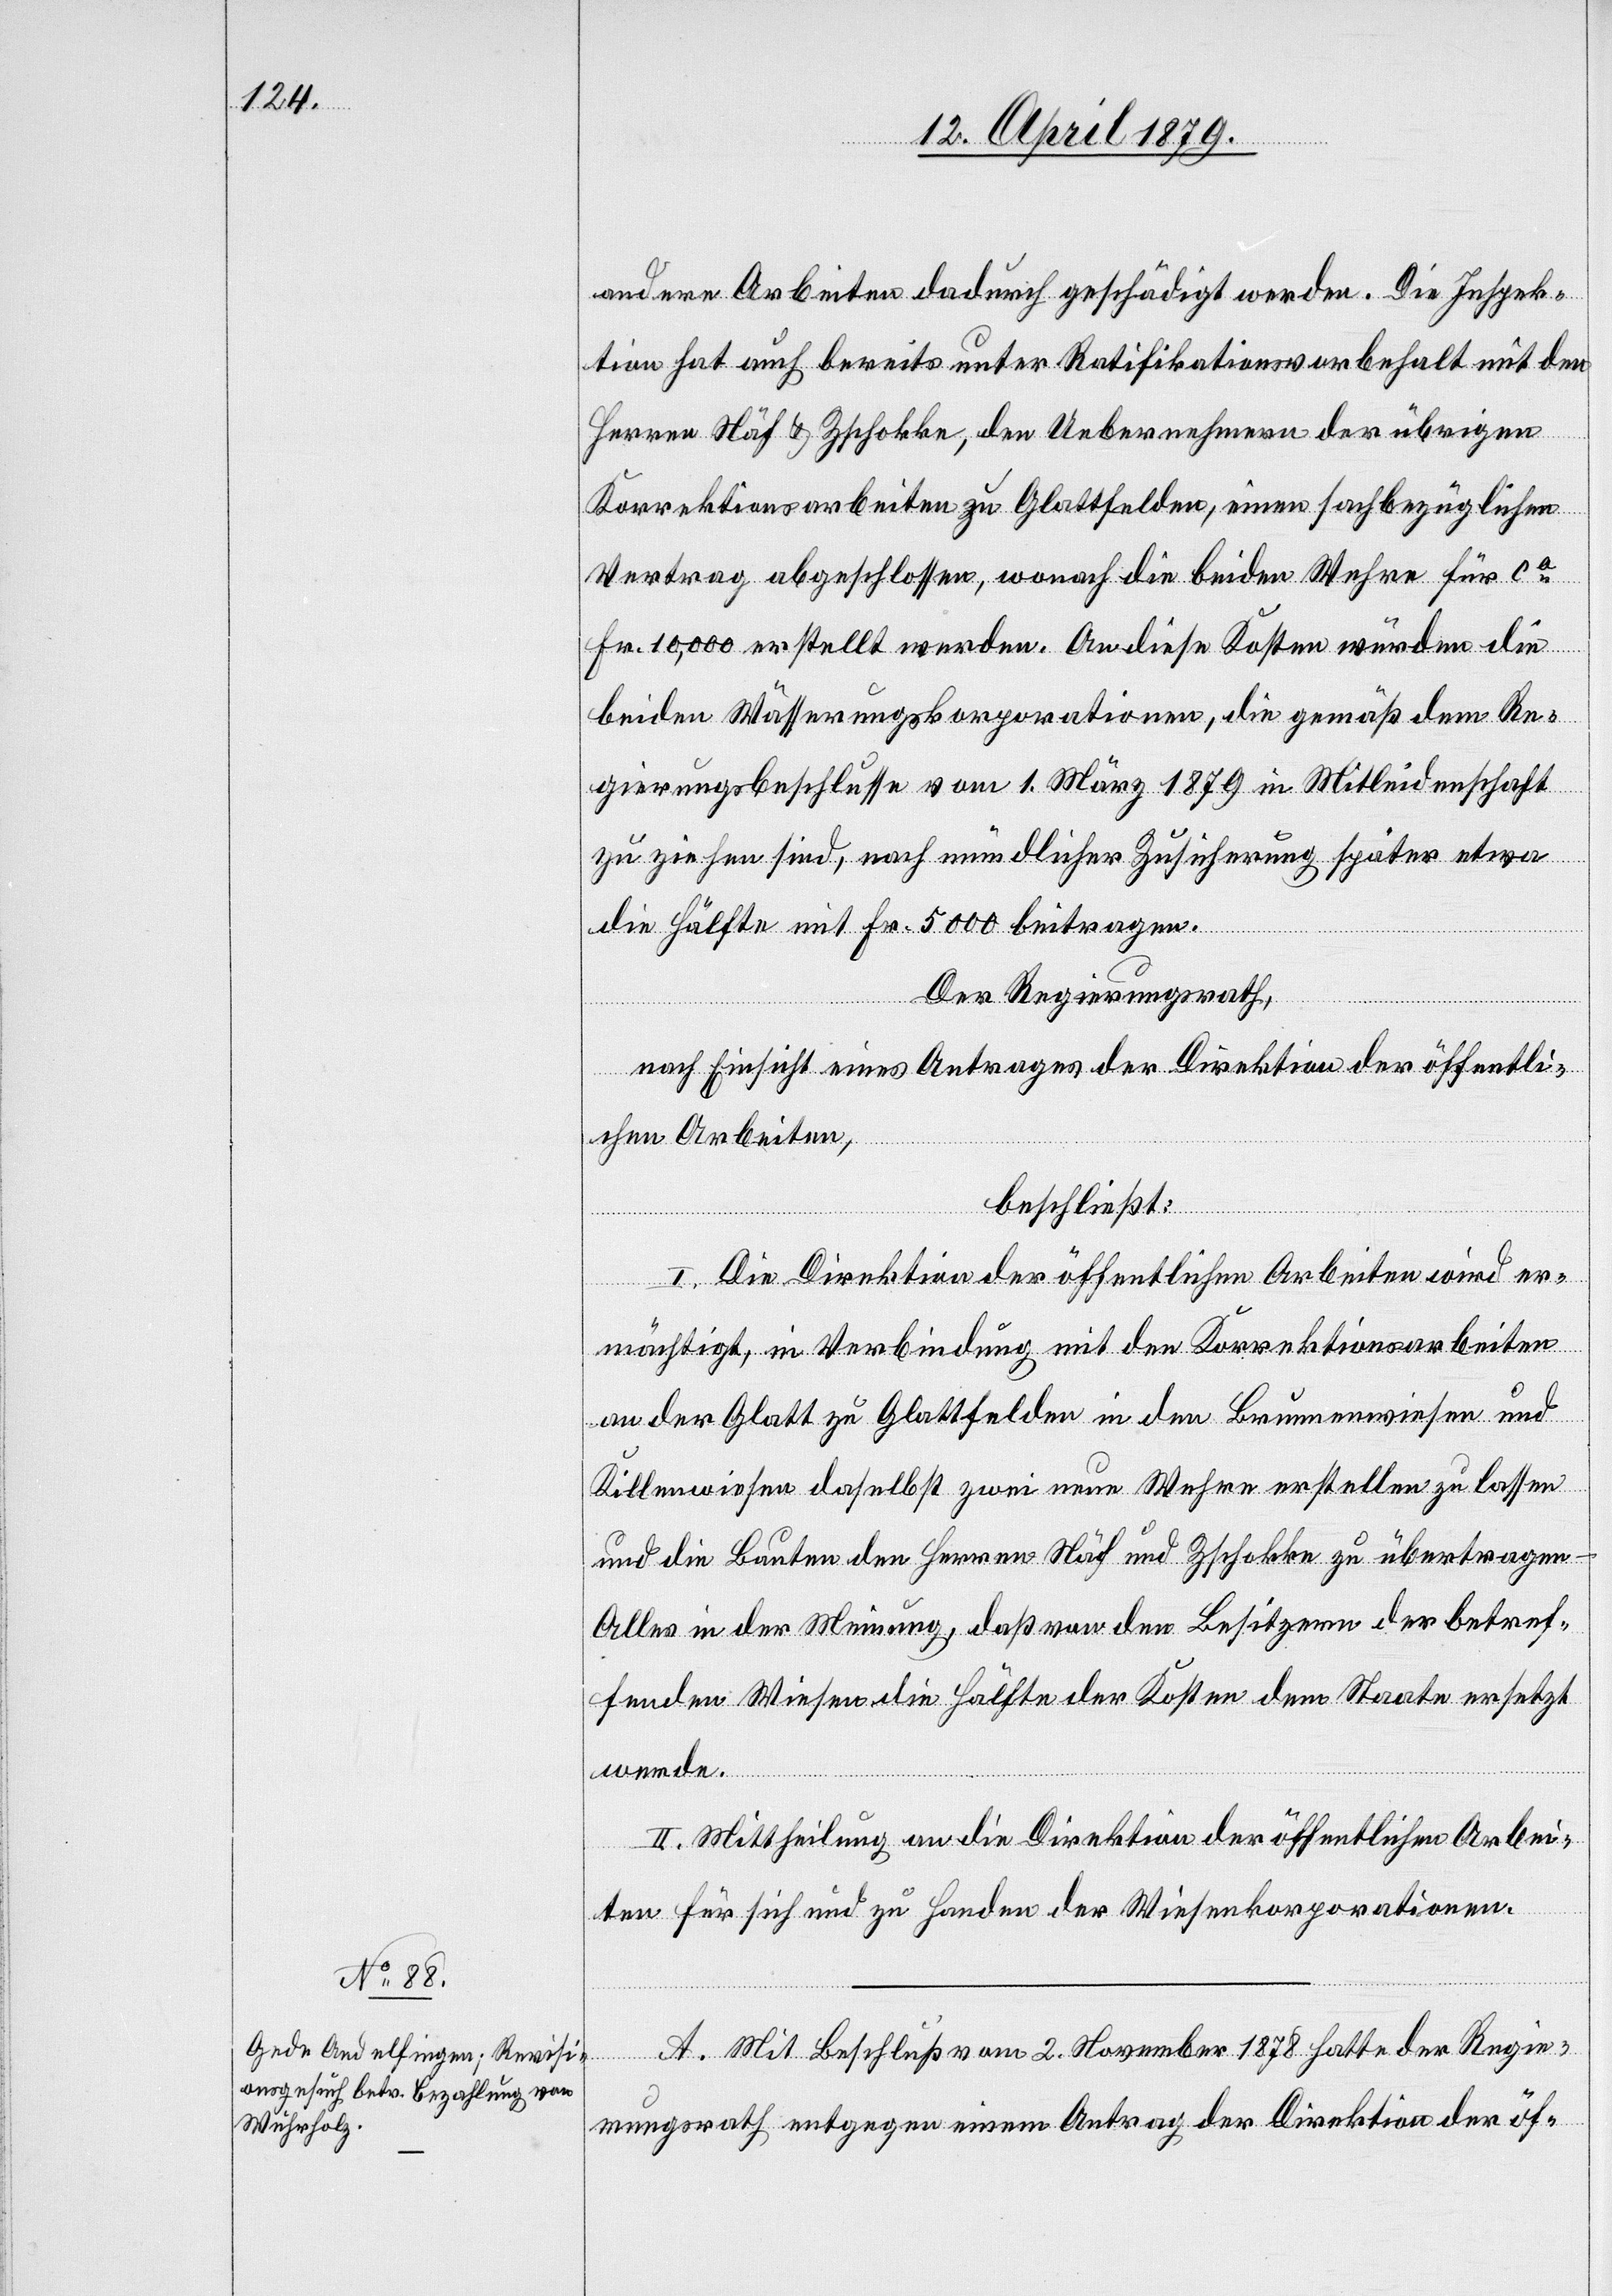
A. Mit Beschluß vom 2. November 1878 hatte der Regie¬
rungsrath entgegen einem Antrag der Direktion der öf-